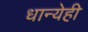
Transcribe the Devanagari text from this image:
धान्येही